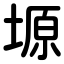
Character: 塬